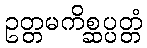
ဥတ္တမကိစ္ဆပ္ပတ္တံ